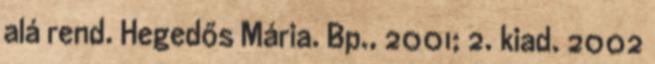
alá rend. Hegedős Mária. Bp., 2001; 2. kiad. 2002